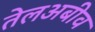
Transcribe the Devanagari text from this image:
तेलअबीव